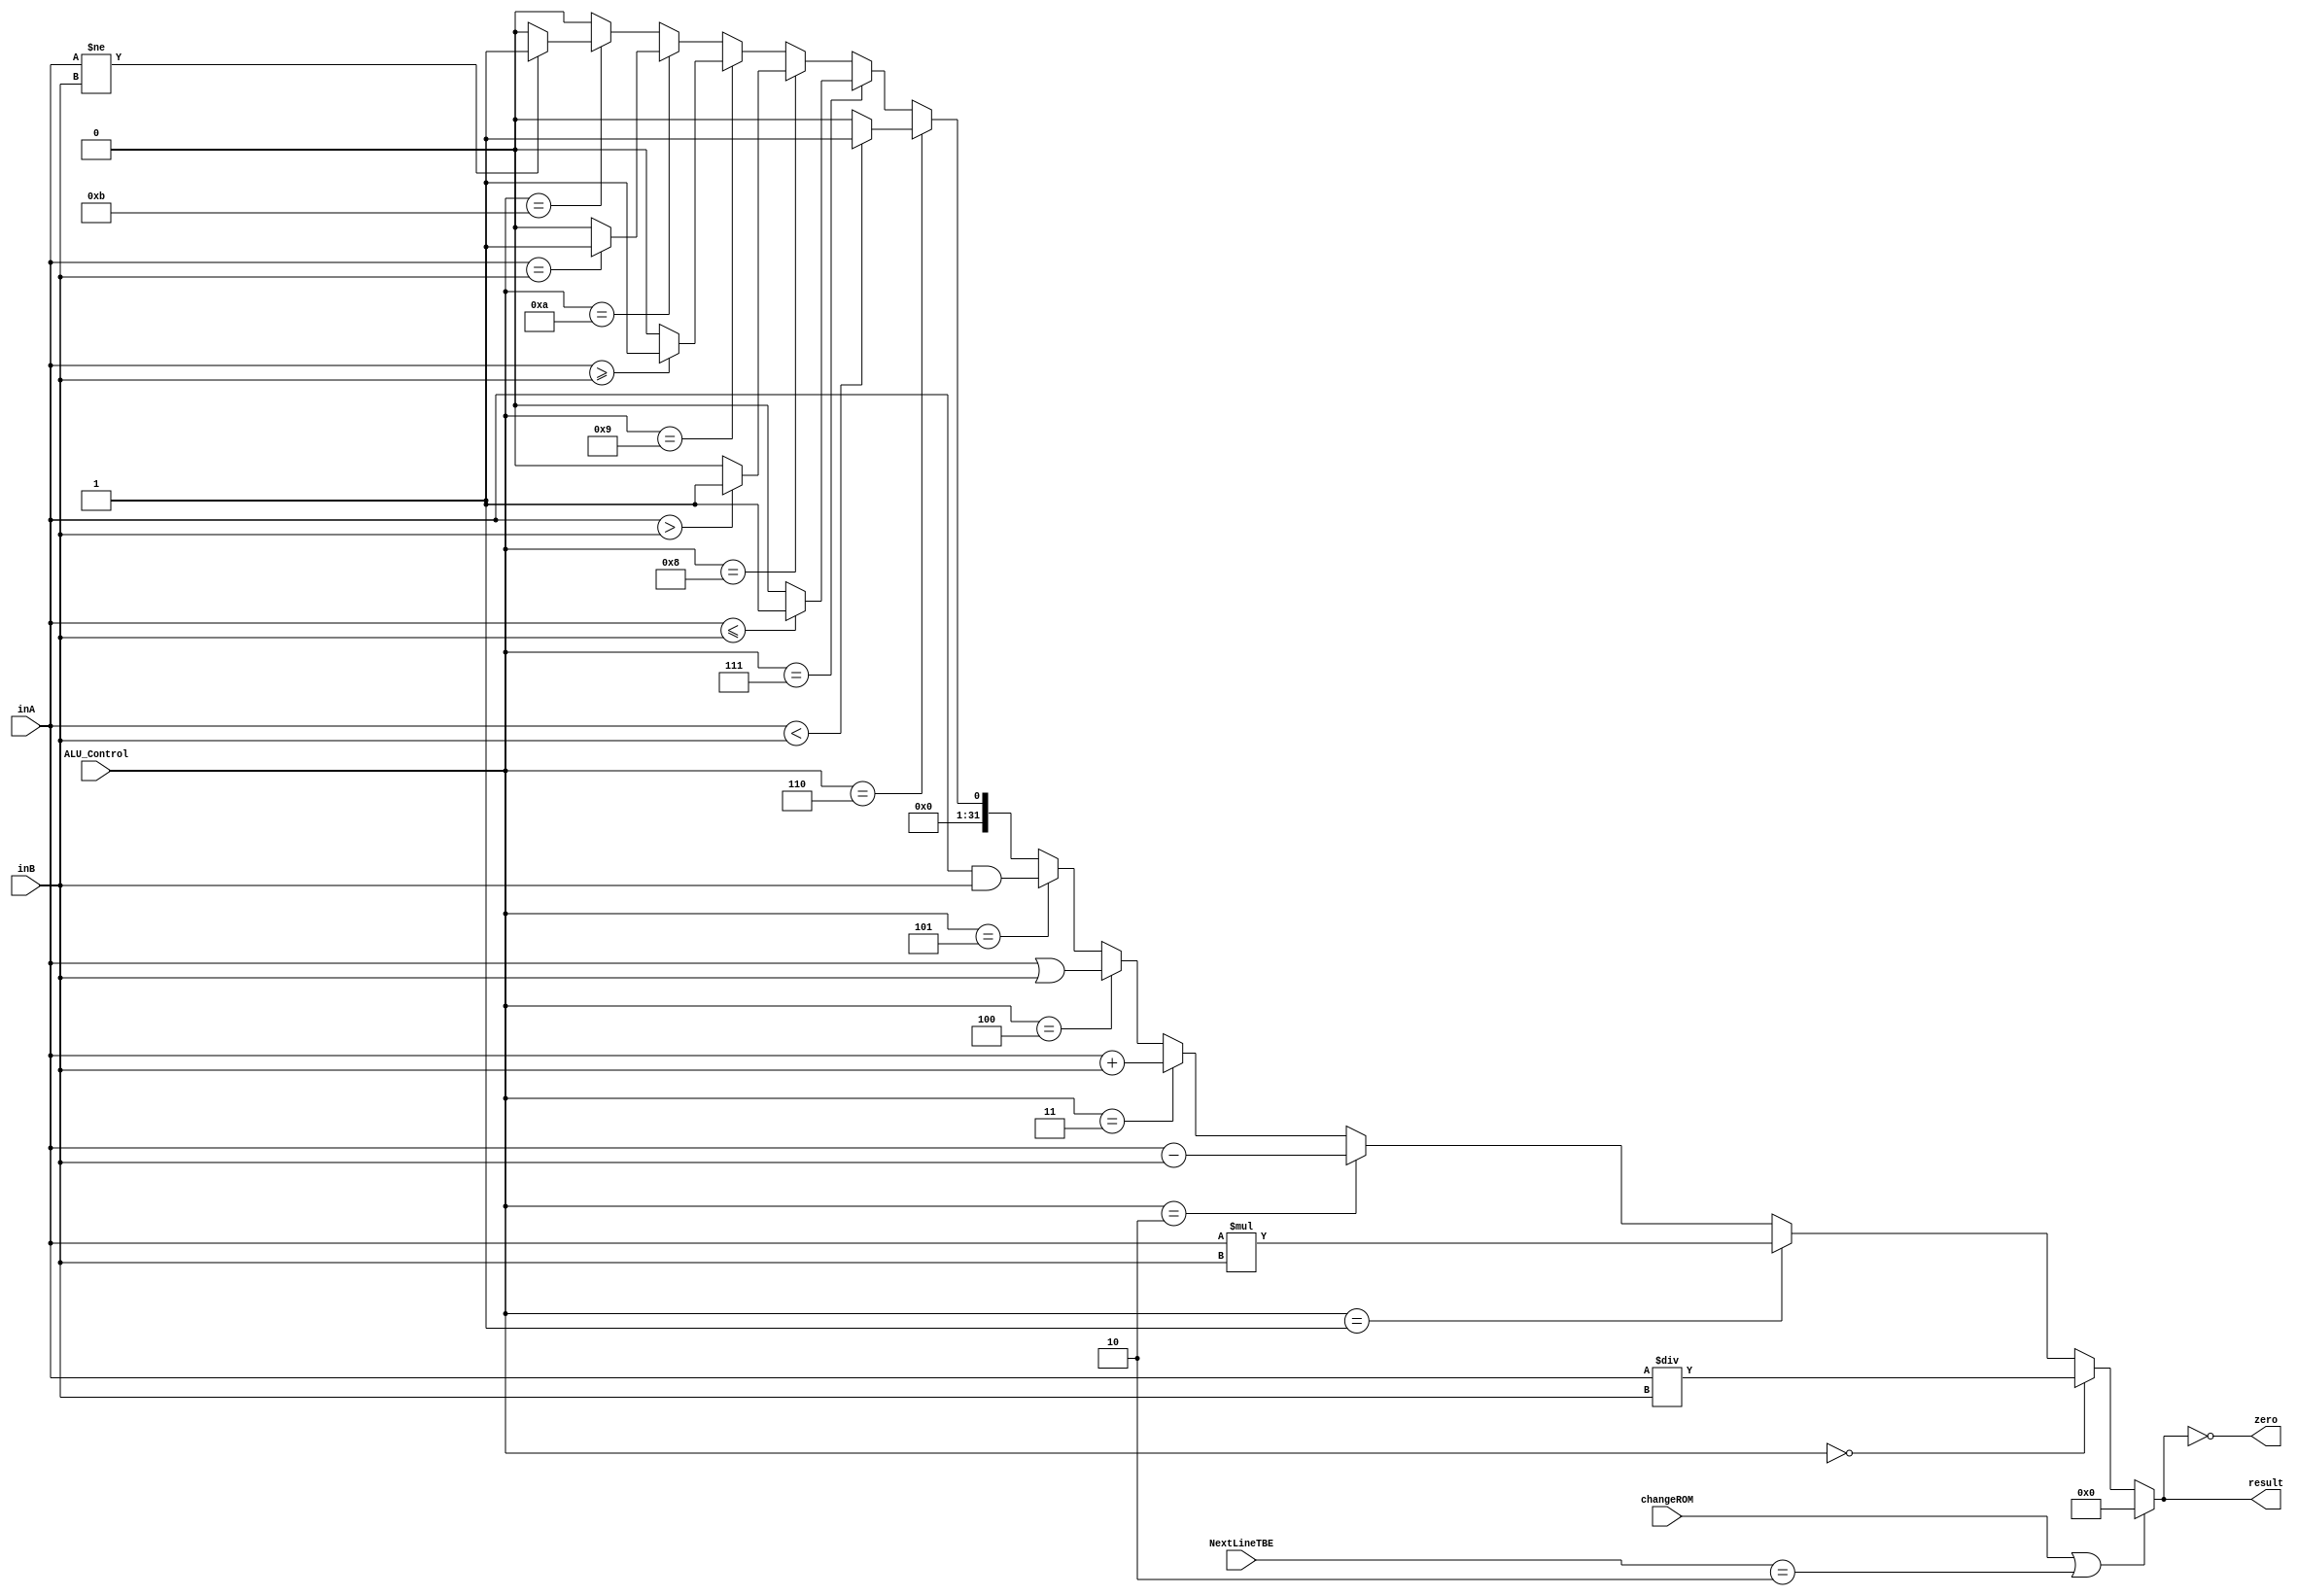
module ULA
(
	input [3:0] ALU_Control,
	input [31:0] inA,
	input [31:0] inB,
	output zero,
	output reg [31:0] result,
	input changeROM, 
	input [1:0] NextLineTBE
);

	always@(inA,inB,ALU_Control,changeROM, NextLineTBE)
	begin
		if (changeROM || NextLineTBE == 2'b10)      			//Div
		begin
			result <= 0;
		end
		else if (ALU_Control == 4'b0000)      			//Div
		begin
			result <= inA/inB;
		end
		else if (ALU_Control == 4'b0001) 			//Mult
		begin
				result <= inA*inB;
		end
		else if (ALU_Control == 4'b0010)          //Subi
		begin
			result <= inA-inB;
		end
		else if (ALU_Control == 4'b0011) 			//Soma
		begin
			result <= inA+inB;
		end
		else if (ALU_Control == 4'b0100)          //Or
		begin
			result <= inA | inB;
		end
		else if (ALU_Control == 4'b0101)          //And
		begin
			result <= inA & inB;
		end
		else if (ALU_Control == 4'b0110)		//para o lt
		begin
			if(inA < inB)		
				result <= 1;
			else
				result <= 0;
		end
		else if (ALU_Control == 4'b0111)		//para o let
		begin
			if (inA <= inB)
				result <= 1;
			else
				result <= 0;
		end
		
		else if (ALU_Control == 4'b1000)		//para o gt
		begin
			if (inA > inB)
				result <= 1;
			else
				result <= 0;
		end
		else if (ALU_Control == 4'b1001)		//para o get
		begin
			if (inA >= inB)
				result <= 1;
			else
				result <= 0;
		end
		else if (ALU_Control == 4'b1010)		//para o comp
		begin
			if (inA == inB)
				result <= 1;
			else
				result <= 0;
		end
		else if (ALU_Control == 4'b1011)		//para o neq
		begin
			if (inA != inB)
				result <= 1;
			else
				result <= 0;
		end
		else
			result <= 0;
	end
	assign zero = (result == 0);
endmodule